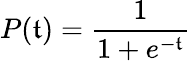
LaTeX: P(\mathfrak{t})=\frac{{1}}{{1+e^{-\mathfrak{t}}}}